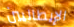
الإيطاليين